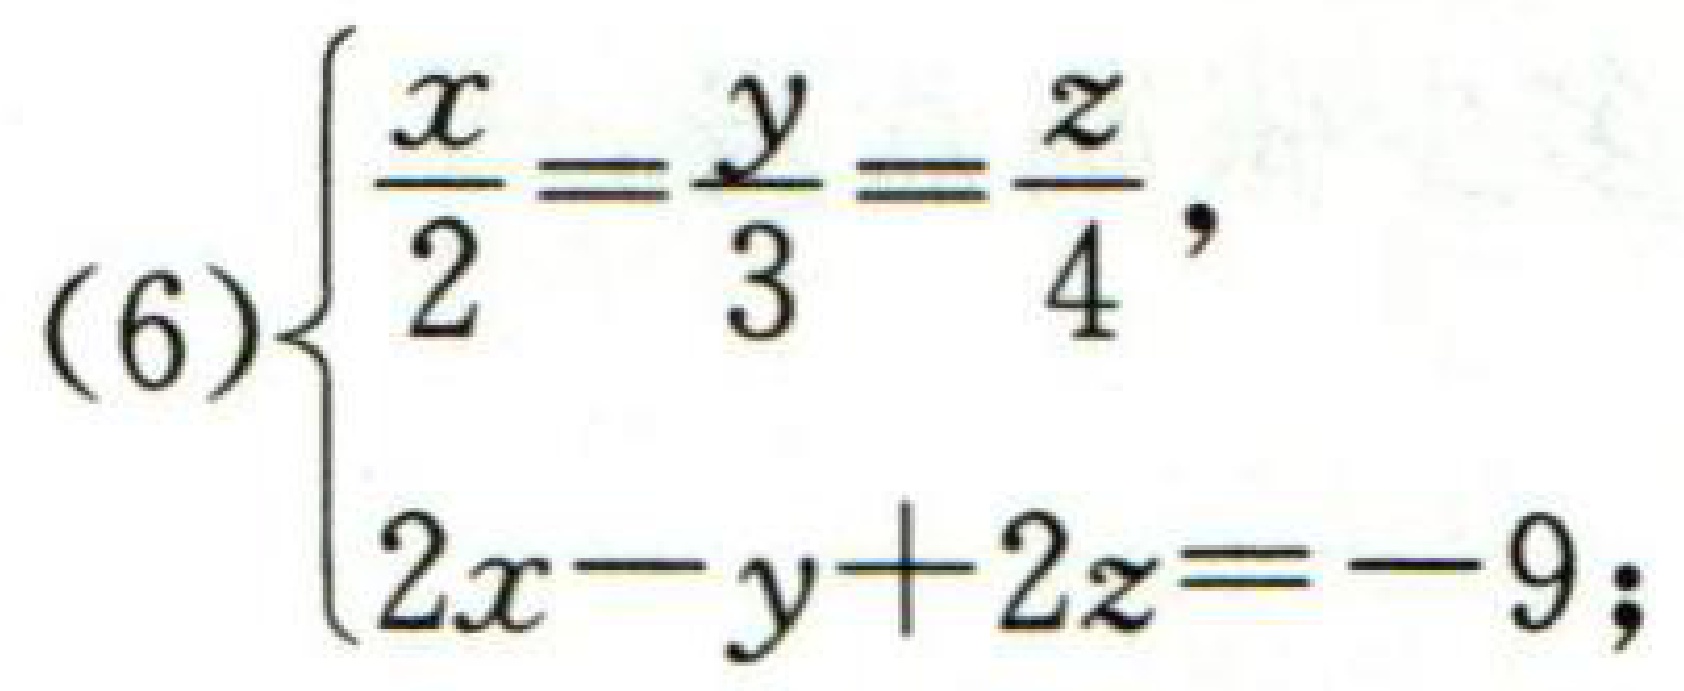
\[(6)\begin{cases}

\frac{x}{2}=\frac{y}{3}=\frac{z}{4},\\

2x - y + 2z = - 9;

\end{cases}\]